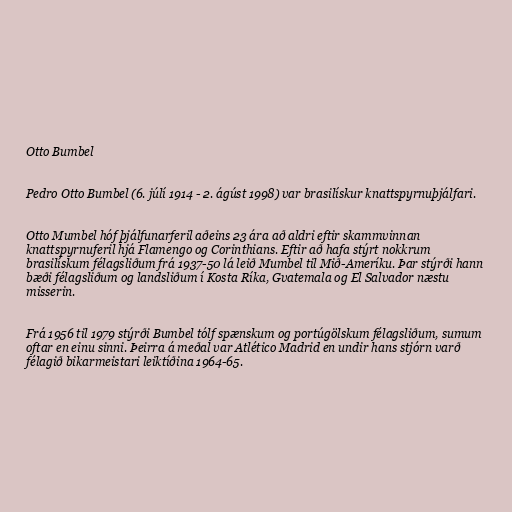
Otto Bumbel

Pedro Otto Bumbel (6. júlí 1914 - 2. ágúst 1998) var brasilískur knattspyrnuþjálfari.

Otto Mumbel hóf þjálfunarferil aðeins 23 ára að aldri eftir skammvinnan
knattspyrnuferil hjá Flamengo og Corinthians. Eftir að hafa stýrt nokkrum
brasilískum félagsliðum frá 1937-50 lá leið Mumbel til Mið-Ameríku. Þar stýrði hann
bæði félagsliðum og landsliðum í Kosta Ríka, Gvatemala og El Salvador næstu
misserin.

Frá 1956 til 1979 stýrði Bumbel tólf spænskum og portúgölskum félagsliðum, sumum
oftar en einu sinni. Þeirra á meðal var Atlético Madrid en undir hans stjórn varð
félagið bikarmeistari leiktíðina 1964-65.